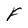
Character: F